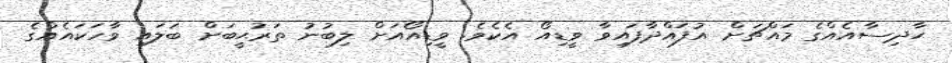
ޙާދިސާއެއްގެ މައްޗަށް އުފައްދާފައިވާ ވީޑިއޯ އެކެވެ. ވީޑިއޯއަށް ލިބުނު ތަރުޙީބަށް ބަލައި ވާހަކައެއްގެ